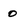
Character: 0